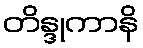
တိန္ဒုကာနိ